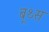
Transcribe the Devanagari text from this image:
बूथ्स